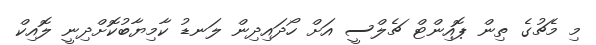
މި މެޗުގެ ތިން ޕޮއިންޓް ޗެލްސީ އަށް ހޯދައިިދިން ލަނޑު ކާމިޔާބުކޮށްދިނީ ލޮއިކް